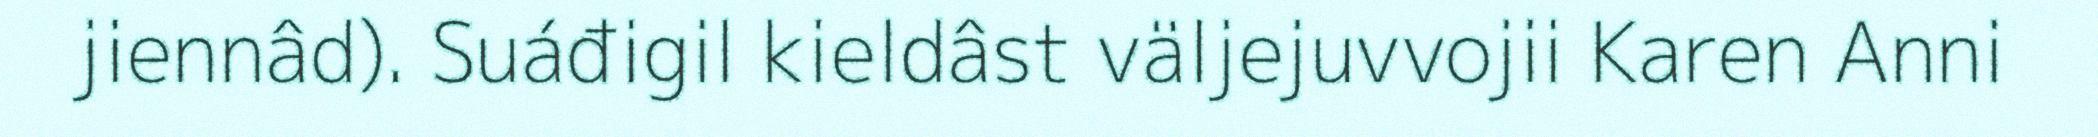
jiennâd). Suáđigil kieldâst väljejuvvojii Karen Anni